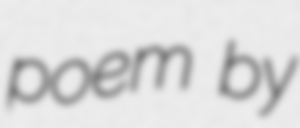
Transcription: poem by